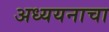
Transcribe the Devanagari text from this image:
अध्ययनाचा